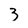
Character: 3